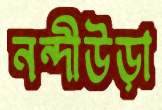
নন্দীউড়া